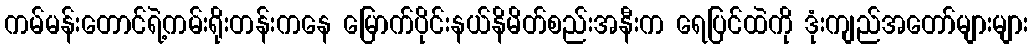
ကမ်မန်းတောင်ရဲ့ကမ်းရိုးတန်းကနေ မြောက်ပိုင်းနယ်နိမိတ်စည်းအနီးက ရေပြင်ထဲကို ဒုံးကျည်အတော်များများ